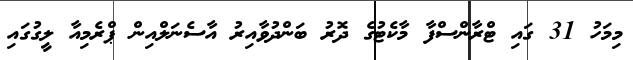
މިމަހު 31 ގައި ޓްރާންސްފާ މާކެޓުގެ ދޮރު ބަންދުވާއިރު އާސެނަލްއިން ޕްރެމިއާ ލީގުގައި